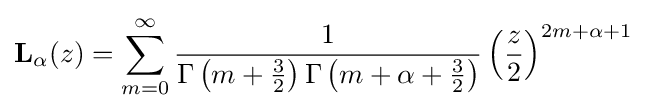
\mathbf {L} _{\alpha }(z)=\sum _{m=0}^{\infty }{\frac {1}{\Gamma \left(m+{\frac {3}{2}}\right)\Gamma \left(m+\alpha +{\frac {3}{2}}\right)}}\left({\frac {z}{2}}\right)^{2m+\alpha +1}